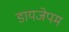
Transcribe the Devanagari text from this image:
डायजेपम